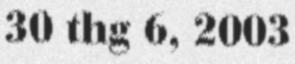
30 thg 6, 2003